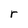
Character: r